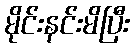
မိုင်းနင်းမိပြီး